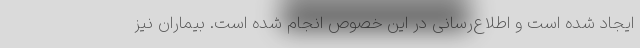
ایجاد شده است و اطلاع‌رسانی در این خصوص انجام شده است. بیماران نیز